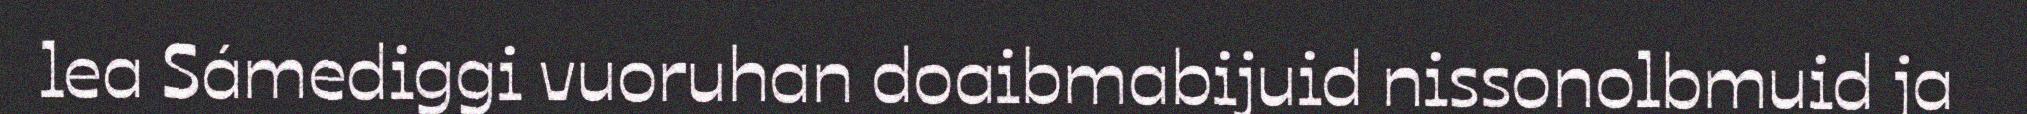
lea Sámediggi vuoruhan doaibmabijuid nissonolbmuid ja